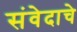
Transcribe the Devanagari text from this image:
संवेदाचे